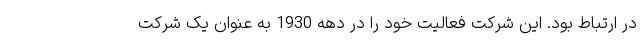
در ارتباط بود. این شرکت فعالیت خود را در دهه 1930 به عنوان یک شرکت